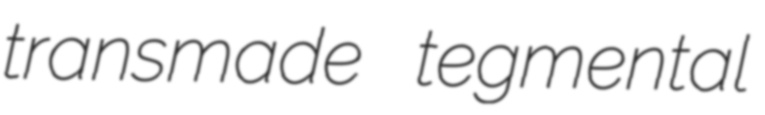
transmade tegmental